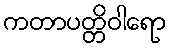
ကတာပတ္တိဝါရော